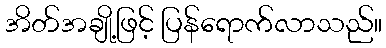
အိတ်အချို့ဖြင့် ပြန်ရောက်လာသည်။